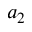
a _ { 2 }